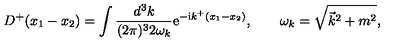
D ^ { + } ( x _ { 1 } - x _ { 2 } ) = \int \frac { d ^ { 3 } k } { ( 2 \pi ) ^ { 3 } 2 \omega _ { k } } \mathrm { e } ^ { - \mathrm { i } k ^ { + } ( x _ { 1 } - x _ { 2 } ) } , \qquad \omega _ { k } = \sqrt { \vec { k } ^ { 2 } + m ^ { 2 } } ,